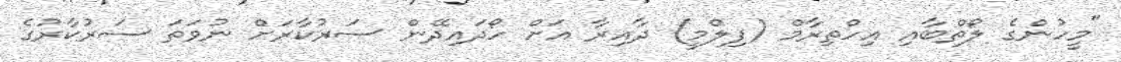
"މީހުންގެ ލޯތްބާއި އިހްތިރާމް (ފިލްމީ) ދާއިރާ އަށް ހޯދަައިދޭން ސަރުކާރަށް ނުވަތަ ސަރުކާރުގެ